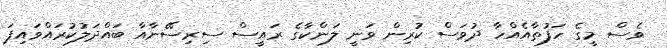
ވެސް މީގެ ހަފުތާއެއްހާ ދުވަސް ކުރިން ވަނީ ލަންކާގެ ރައީސް ސިރިސޭނާއާ ބައްދަލުކުރައްވައިފަ